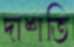
দাশতি